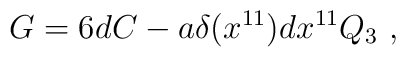
G = 6 d C - a \delta (x^{11}) d x^{11} Q_3 \ ,